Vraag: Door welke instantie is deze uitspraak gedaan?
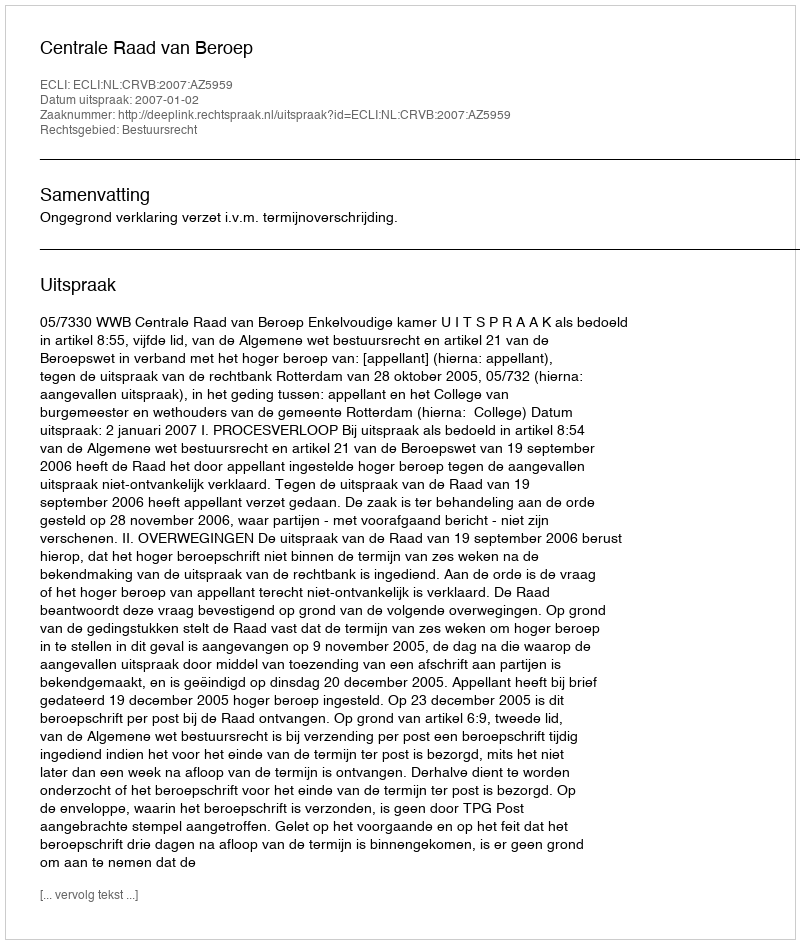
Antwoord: Centrale Raad van Beroep